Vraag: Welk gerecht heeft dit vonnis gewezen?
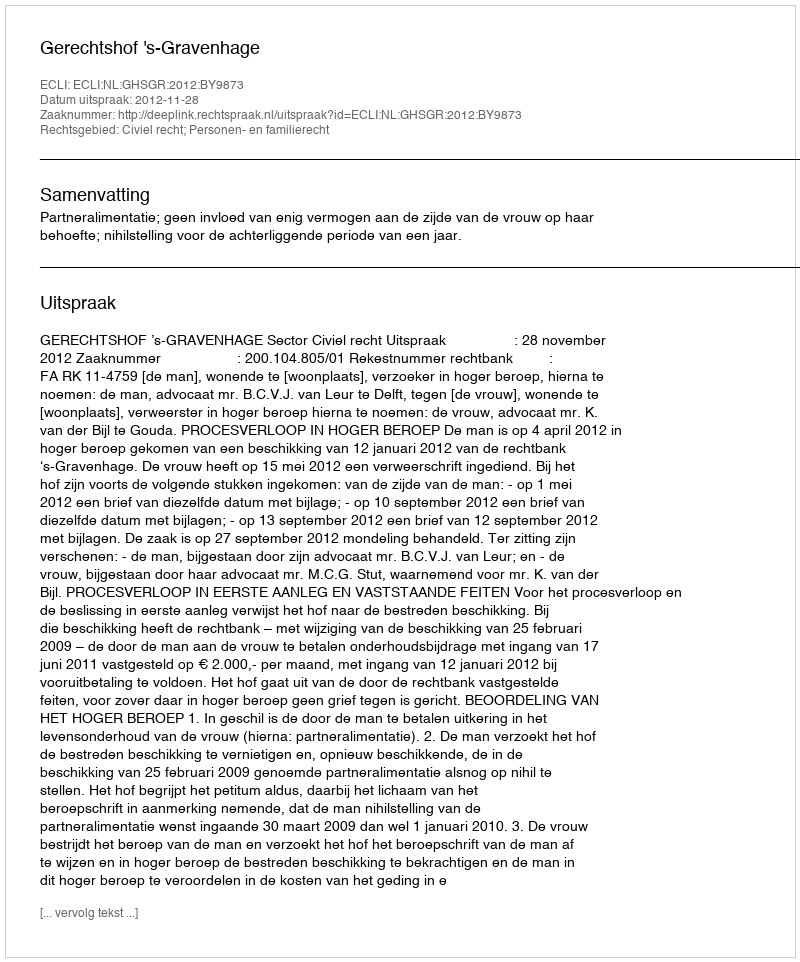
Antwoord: Gerechtshof 's-Gravenhage